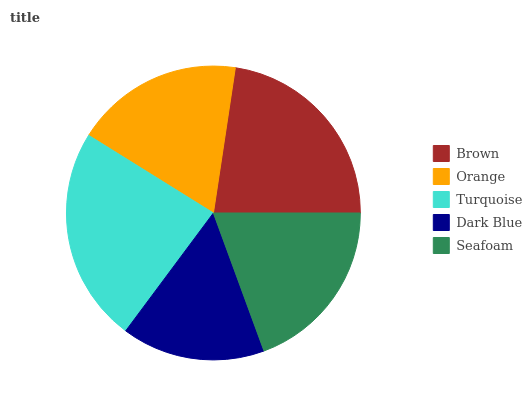
| Brown | Orange | Turquoise | Dark Blue | Seafoam |
 | --- | --- | --- | --- | --- |
 | 22.6% | 18.5% | 23.7% | 15.8% | 19.4% |